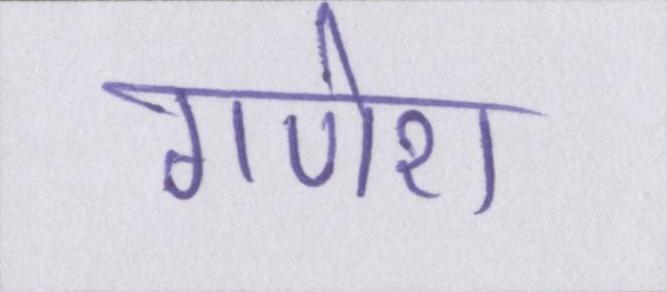
गणेश